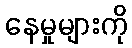
နေမှုများကို